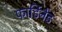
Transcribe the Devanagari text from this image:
फार्डिनेंड